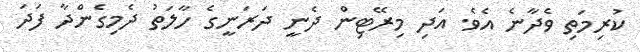
ކުރިމަތި ވެދާނެ އެވެ. އަދި މިރޭޓިން ދެނީ ދަރަނީގެ ހާލަތު ދެމިގެންދާ ފަދަ